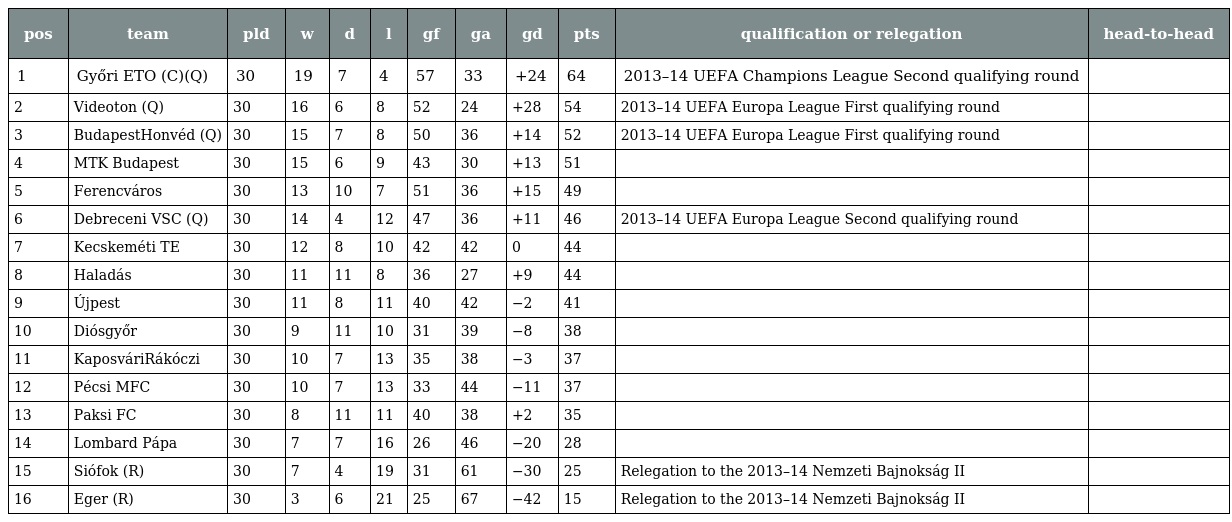
| pos | team | pld | w | d | l | gf | ga | gd | pts | qualification or relegation | head-to-head |
 | --- | --- | --- | --- | --- | --- | --- | --- | --- | --- | --- | --- |
 | 1 | Győri ETO (C)(Q) | 30 | 19 | 7 | 4 | 57 | 33 | +24 | 64 | 2013–14 UEFA Champions League Second qualifying round |  |
 | 2 | Videoton (Q) | 30 | 16 | 6 | 8 | 52 | 24 | +28 | 54 | 2013–14 UEFA Europa League First qualifying round |  |
 | 3 | BudapestHonvéd (Q) | 30 | 15 | 7 | 8 | 50 | 36 | +14 | 52 | 2013–14 UEFA Europa League First qualifying round |  |
 | 4 | MTK Budapest | 30 | 15 | 6 | 9 | 43 | 30 | +13 | 51 |  |  |
 | 5 | Ferencváros | 30 | 13 | 10 | 7 | 51 | 36 | +15 | 49 |  |  |
 | 6 | Debreceni VSC (Q) | 30 | 14 | 4 | 12 | 47 | 36 | +11 | 46 | 2013–14 UEFA Europa League Second qualifying round |  |
 | 7 | Kecskeméti TE | 30 | 12 | 8 | 10 | 42 | 42 | 0 | 44 |  |  |
 | 8 | Haladás | 30 | 11 | 11 | 8 | 36 | 27 | +9 | 44 |  |  |
 | 9 | Újpest | 30 | 11 | 8 | 11 | 40 | 42 | −2 | 41 |  |  |
 | 10 | Diósgyőr | 30 | 9 | 11 | 10 | 31 | 39 | −8 | 38 |  |  |
 | 11 | KaposváriRákóczi | 30 | 10 | 7 | 13 | 35 | 38 | −3 | 37 |  |  |
 | 12 | Pécsi MFC | 30 | 10 | 7 | 13 | 33 | 44 | −11 | 37 |  |  |
 | 13 | Paksi FC | 30 | 8 | 11 | 11 | 40 | 38 | +2 | 35 |  |  |
 | 14 | Lombard Pápa | 30 | 7 | 7 | 16 | 26 | 46 | −20 | 28 |  |  |
 | 15 | Siófok (R) | 30 | 7 | 4 | 19 | 31 | 61 | −30 | 25 | Relegation to the 2013–14 Nemzeti Bajnokság II |  |
 | 16 | Eger (R) | 30 | 3 | 6 | 21 | 25 | 67 | −42 | 15 | Relegation to the 2013–14 Nemzeti Bajnokság II |  |